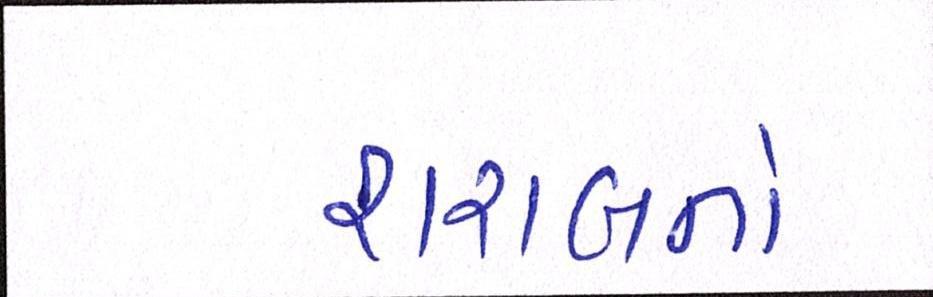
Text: શરાબનો